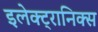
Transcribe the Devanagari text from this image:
इलेक्ट्रानिक्‍स